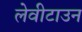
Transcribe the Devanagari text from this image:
लेवीटाउन